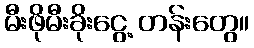
မီးဖိုမီးခိုးငွေ့ တန်းတွေ။